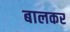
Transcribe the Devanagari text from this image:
बालकर